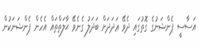
އަސާސީ ޕެންޝަނުގެ ގޮތުގައި ދެވޭ ޢަދަދަށް ބަދަލު ގެނެވޭ ޙާލަތްތައް އެހެން ޕެންޝަނަކުން